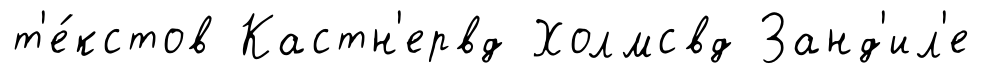
т'е́кстов Кастн'ервд Холмсвд Занд'ил'е